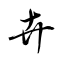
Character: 卉